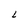
Character: L